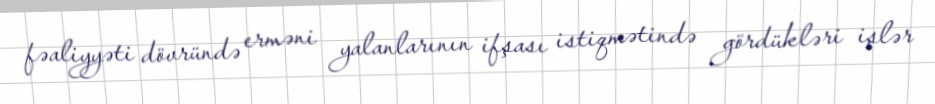
fəaliyyəti dövründə erməni yalanlarının ifşası istiqmətində gördükləri işlər